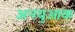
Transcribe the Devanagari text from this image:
अनयुआक